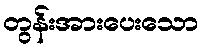
တွန်းအားပေးသော